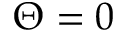
\Theta = 0